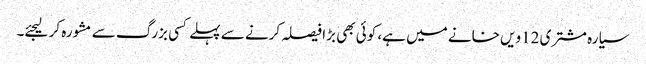
سیارہ مشتری 12ویں خانے میں ہے، کوئی بھی بڑا فیصلہ کرنے سے پہلے کسی بزرگ سے مشورہ کر لیجئے۔